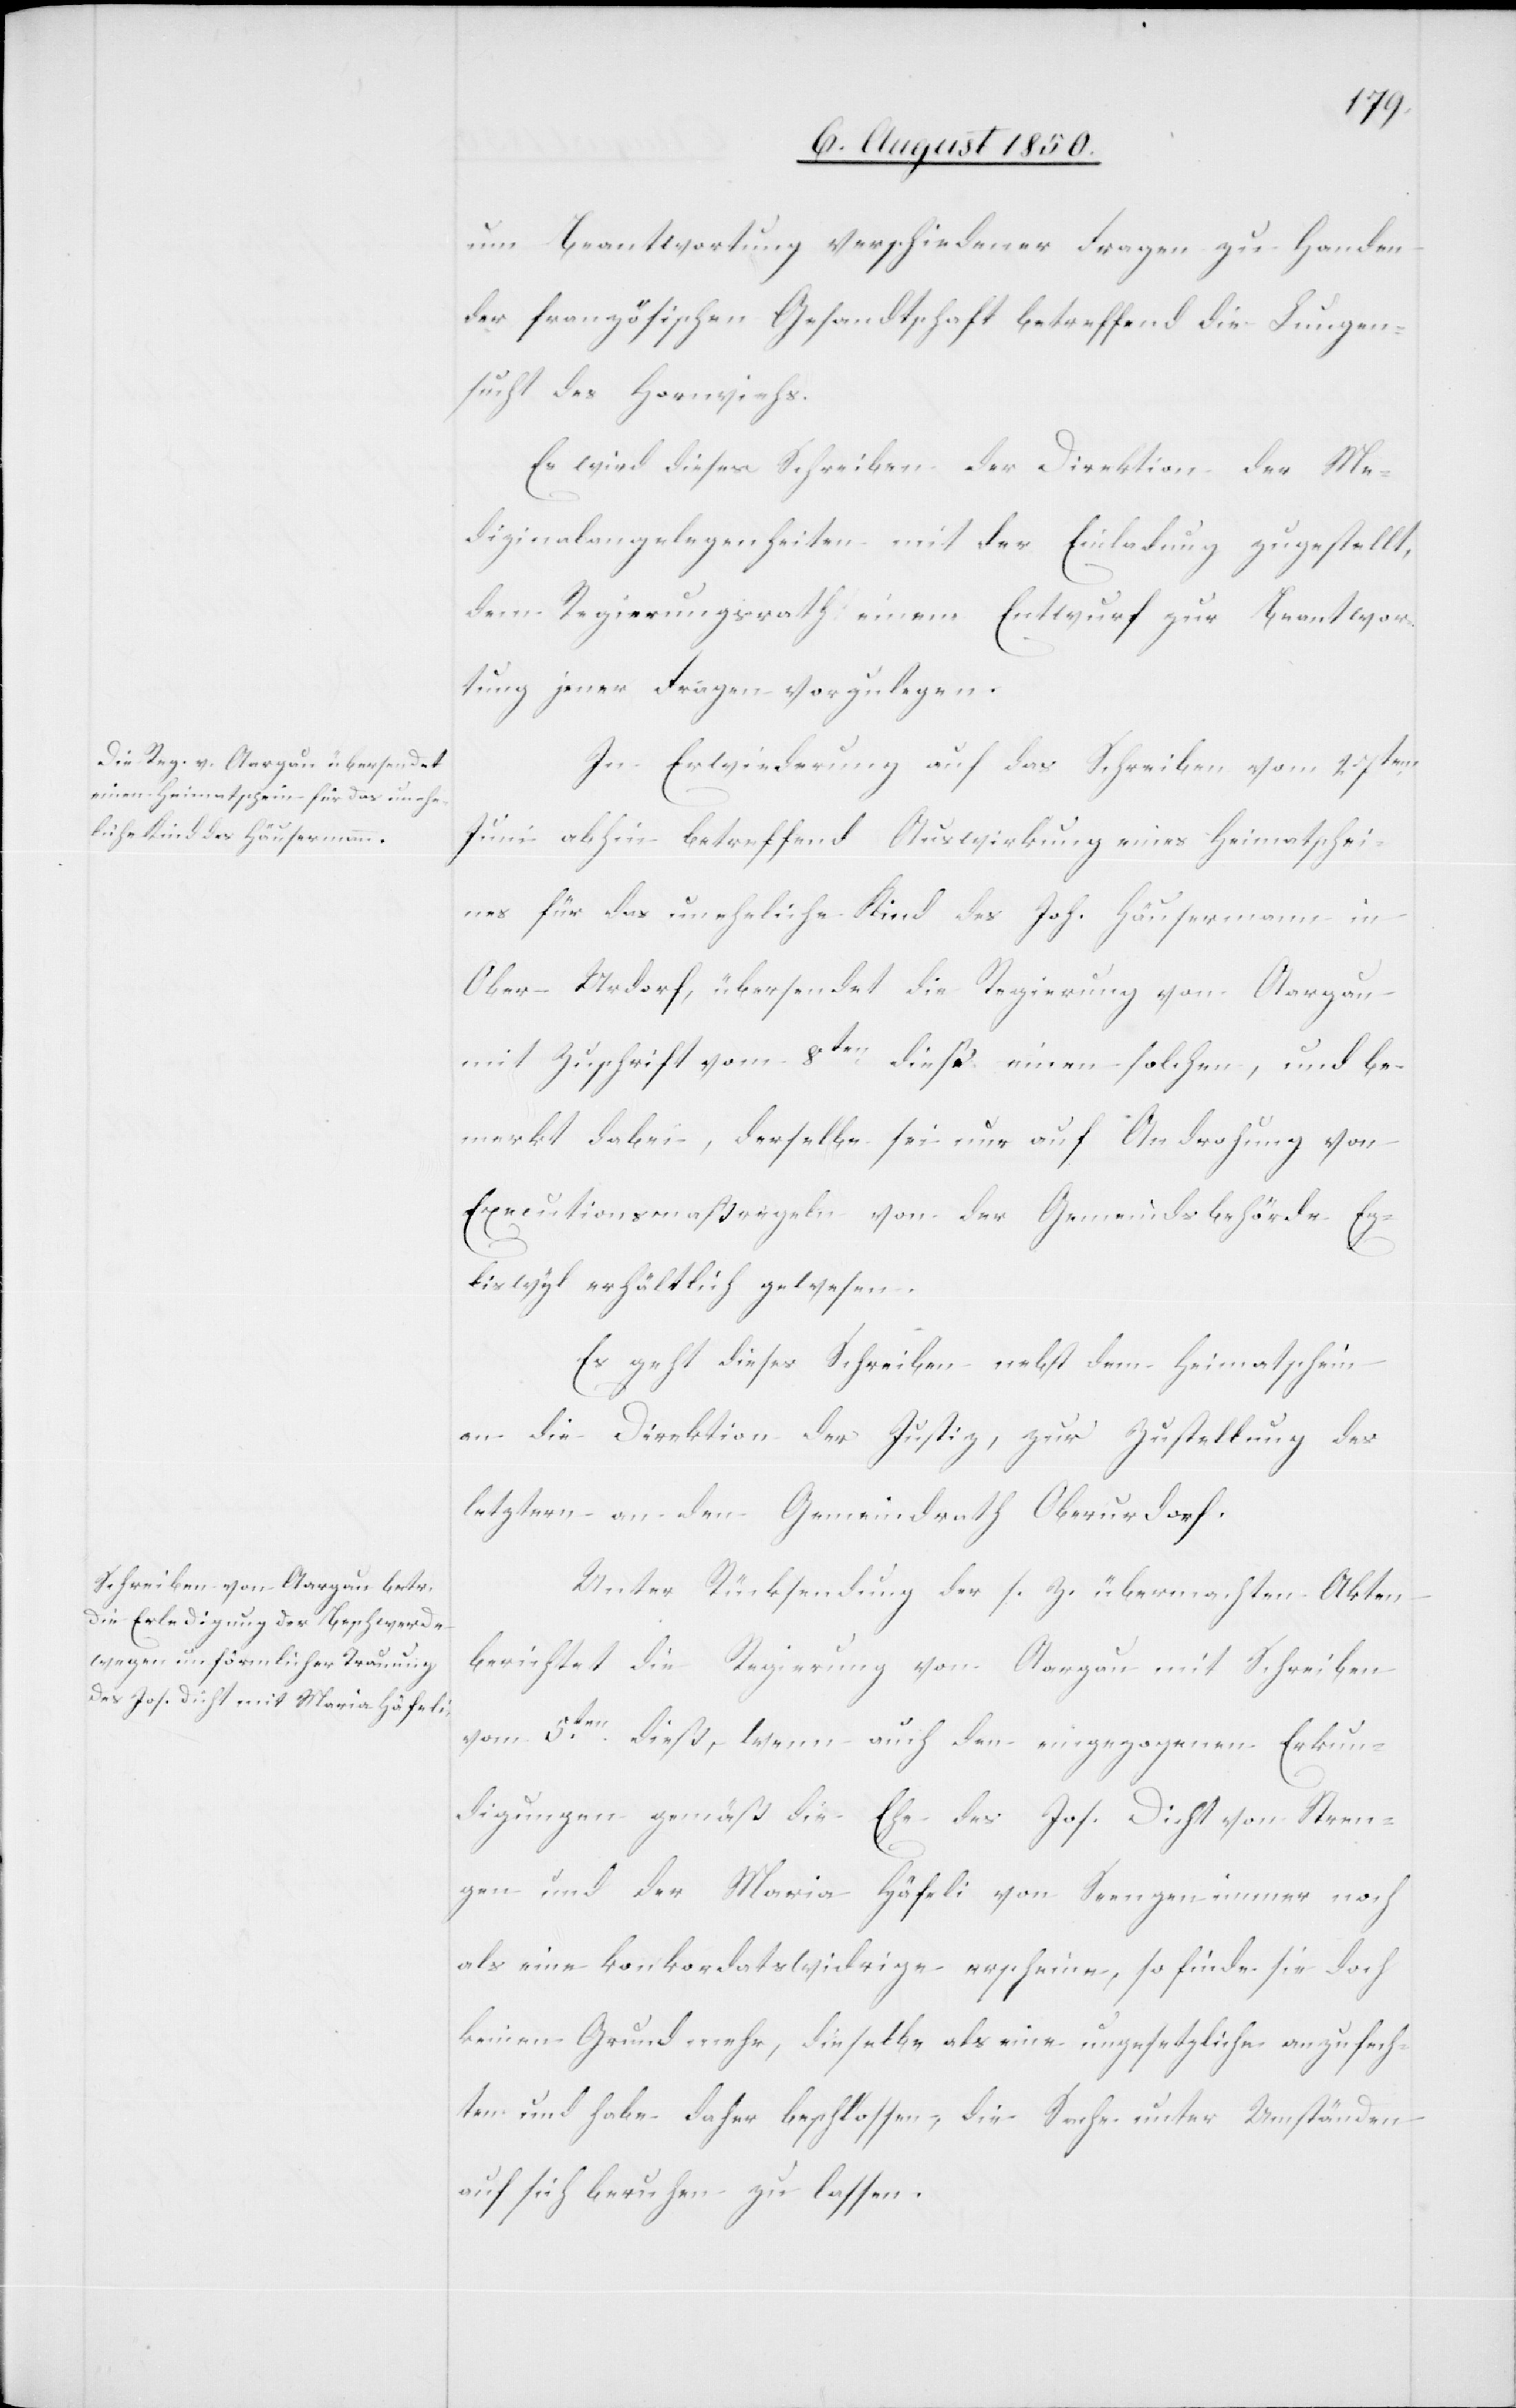
um Beantwortung verschiedener Fragen zu Handen
der französischen Gesandtschaft betreffend die Lungen¬
sucht des Hornviehs.
Es wird dieses Schreiben der Direktion der Me¬
dizinalangelegenheiten mit der Einladung zugestellt,
dem Regierungsrath einem [sic!] Entwurf zur Beantwor¬
tung jener Fragen vorzulegen.
In Erwiederung auf das Schreiben vom 27ten
Juni abhin betreffend Auswirkung eines Heimatschei¬
nes für das uneheliche Kind des Joh. Häusermann in
Ober-Urdorf, übersendet die Regierung von Aargau
mit Zuschrift vom 8ten dieß einen solchen, und be¬
merkt dabei, derselbe sei nur auf Androhung von
Executionsmaßregeln von der Gemeindsbehörde Eg¬
liswyl erhältlich gewesen.
Es geht dieses Schreiben nebst dem Heimatschein
an die Direktion der Justiz, zur Zustellung des
letztern an den Gemeindrath Oberurdorf.
Unter Rücksendung der s. Z. übermachten Akten
berichtet die Regierung von Aargau mit Schreiben
vom 5ten dieß, wenn auch den eingezogenen Erkun¬
digungen gemäß die Ehe des Jos. Dicht von Stren¬
gen und der Maria Häfeli von Seengen immer noch
als eine konkordatswidrige erscheine, so finde sie doch
keinen Grund mehr, dieselbe als eine ungesetzliche anzufech¬
ten und habe daher beschlossen, die Sache unter Umständen
auf sich beruhen zu lassen.